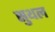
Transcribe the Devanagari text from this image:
सुथल